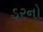
ડરનો